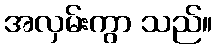
အလှမ်းကွာ သည်။